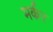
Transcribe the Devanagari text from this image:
मर्कर